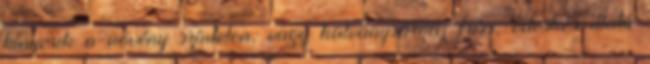
kinyerik a növény színtelen, vagy halványsárga, friss, édeskés illatú